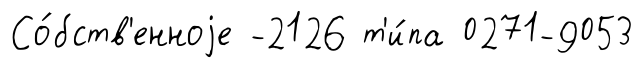
Со́бств'енноjе -2126 т'и́па 0271-9053